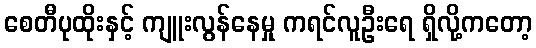
စေတီပုထိုးနှင့် ကျူးလွန်နေမှု ကရင်လူဦးရေ ရှိလို့ကတော့